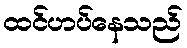
ထင်ဟပ်နေသည်